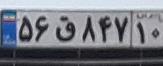
۵۶ق۸۴۷۱۰